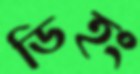
ডিহং